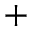
^ +